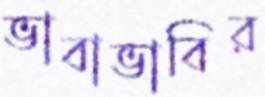
ভাবাভাবির